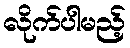
လိုက်ပါမည့်